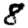
Digit: 8